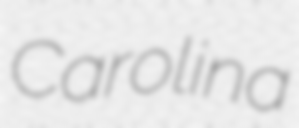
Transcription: Carolina